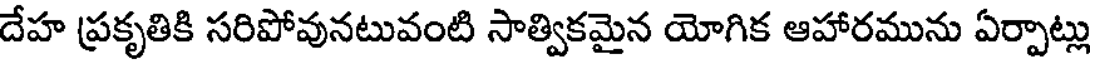
దేహ ప్రకృతికి సరిపోవునటువంటి సాత్వికమైన యోగిక ఆహారమును ఏర్పాట్లు